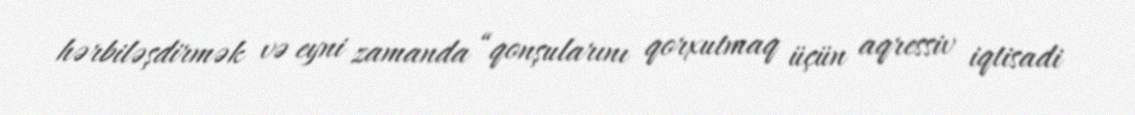
hərbiləşdirmək və eyni zamanda “qonşularını qorxutmaq üçün aqressiv iqtisadi